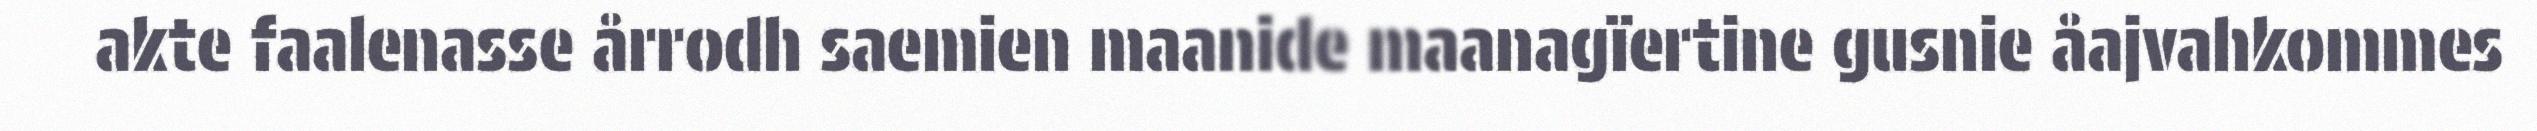
akte faalenasse årrodh saemien maanide maanagïertine gusnie åajvahkommes